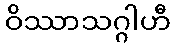
ဝိဿာသဂ္ဂါဟီ